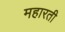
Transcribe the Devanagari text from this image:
महारती